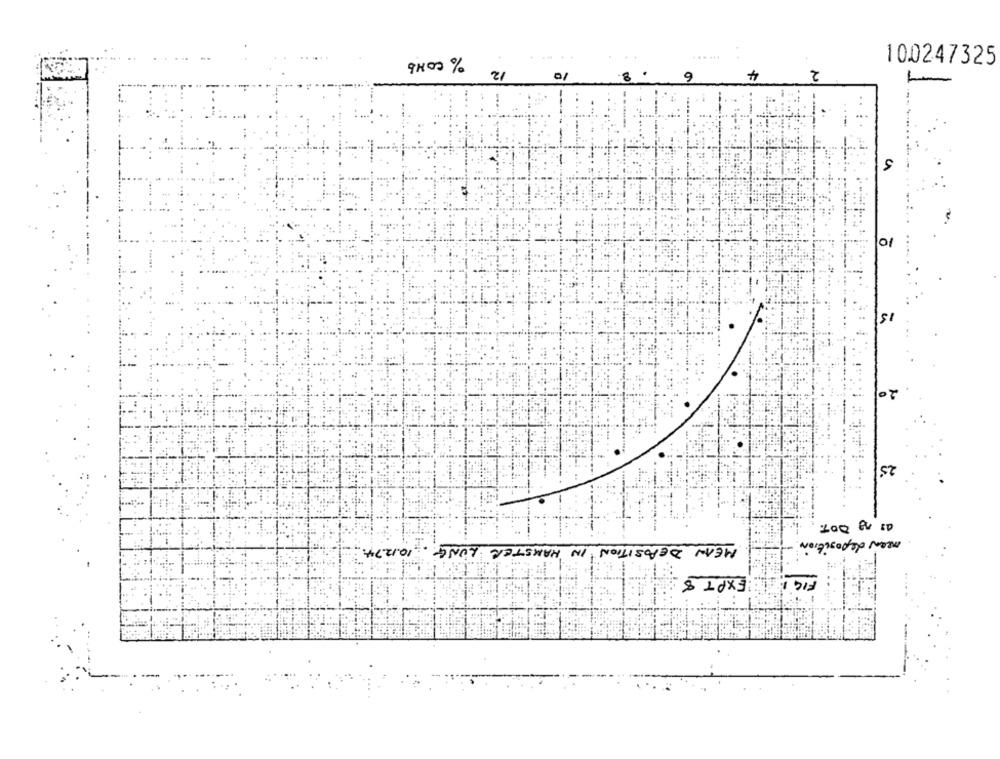
% COMb
....
100247325
2
21
01
8
9
25
MEAN DEPOSITION IN HAMSTER LUNG. 10.12.74.
men deposition
EXPT 8